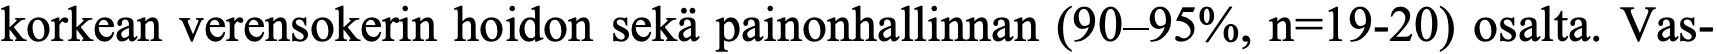
korkean verensokerin hoidon sekä painonhallinnan (90–95%, n=19-20) osalta. Vas-